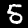
Digit: 5